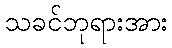
သခင်ဘုရားအား